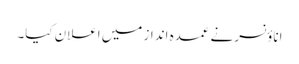
اناؤنسر نے عمدہ انداز میں اعلان کیا۔